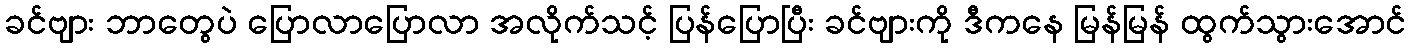
ခင်ဗျား ဘာတွေပဲ ပြောလာပြောလာ အလိုက်သင့် ပြန်ပြောပြီး ခင်ဗျားကို ဒီကနေ မြန်မြန် ထွက်သွားအောင်